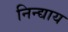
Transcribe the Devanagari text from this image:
निन्द्याय